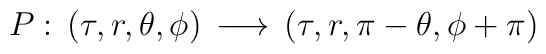
{P: \,({\tau}, r, {\theta}, {\phi}) \,\longrightarrow\, ({\tau}, r, {\pi} - {\theta}, {\phi} + {\pi})}